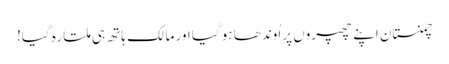
چمنستان اپنے چھپروں پر اُوندھا ہو گیا اور مالک ہاتھ ہی ملتا رہ گیا!